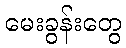
မေးခွန်းတွေ